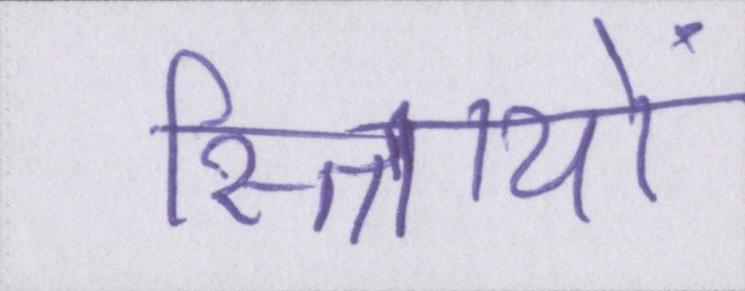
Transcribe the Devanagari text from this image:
स्त्रिायों